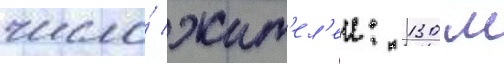
число́ жит'ел'еи: 130 м